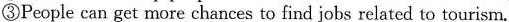
③People can get more chances to find jobs related to tourism.